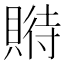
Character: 𧶱